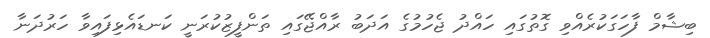
ބިޝާމް ފާހަގަކުރެއްވި ގޮތުގައި ހައްދު ޖެހުމުގެ އަދަބު ރާއްޖޭގައި ތަންފީޒުކުރަނީ ކަނޑައެޅިފައިވާ ހަރުދަނާ